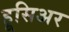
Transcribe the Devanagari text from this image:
हूसिअर